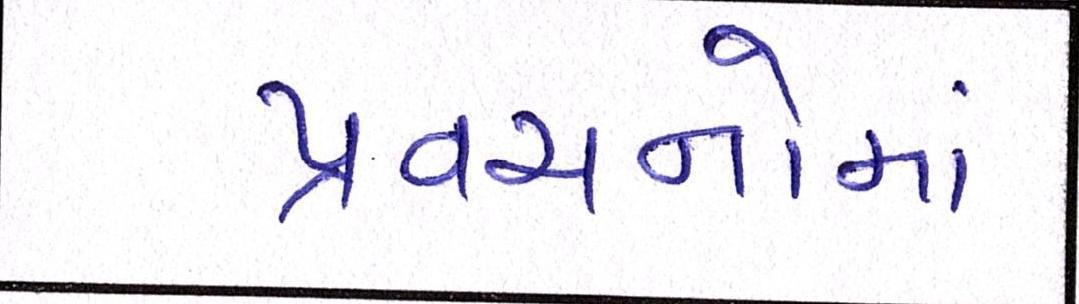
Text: પ્રવચનોમાં